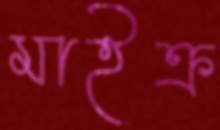
মাইক্র